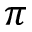
\pi